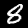
Label: 8